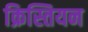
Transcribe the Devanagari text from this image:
क्रिस्तियन